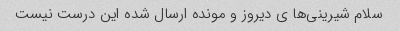
سلام شیرینی‌ها ی دیروز و مونده ارسال شده این درست نیست